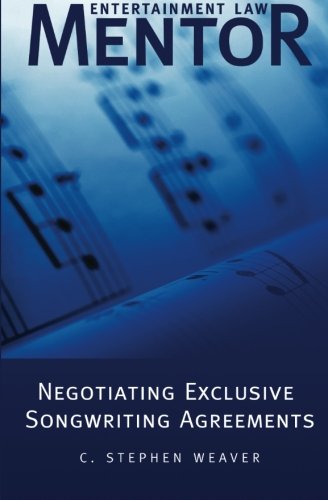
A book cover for Entertainment Law Mentor - Negotiating Exclusive Songwriting Agreements; C. Stephen Weaver; Law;